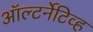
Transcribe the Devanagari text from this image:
ऑल्टर्नेटिव्ह